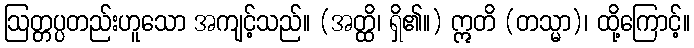
ဩတ္တပ္ပတည်းဟူသော အကျင့်သည်။ (အတ္ထိ၊ ရှိ၏။) ဣတိ (တသ္မာ)၊ ထို့ကြောင့်။